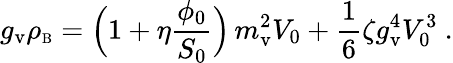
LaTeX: g_{\mathrm{v}}\rho_{\scriptscriptstyle\mathrm{B}}=\Bigl(1+\eta{\frac{\phi_{0}}{S_{0}}}\Bigr)\, m_{\mathrm{v}}^{2}V_{0}+{\frac{1}{6}}\zeta g_{\mathrm{v}}^{4}V_{0}^{3}\ .